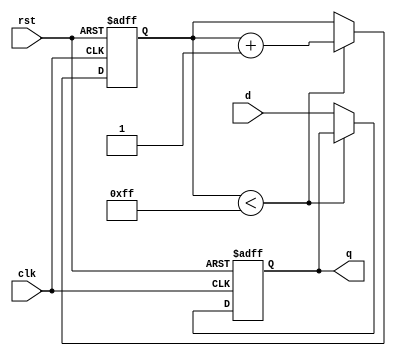
module DelayControl(input wire clk,               // Clock signal
                      input wire rst,               // Reset signal
                      input wire d,                 // Input data
                      output reg q);                // Output data

   reg [7:0] counter;                             // 8-bit counter for delay

   always @(posedge clk or posedge rst) begin     // Clock and reset sensitivity
      if (rst) begin
         counter <= 8'b0;                         // Reset counter
         q <= 1'b0;                               // Reset output
      end else begin
         if (counter < 8'd255) begin              // Delay element 
            counter <= counter + 1;                // Increment counter
         end else begin
            q <= d;                               // Assign input data to output
         end
      end
   end

endmodule